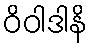
ဝိဝါဒါနိ